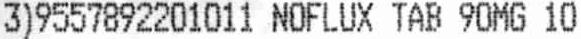
3)9557892201011 NOFLUX TAB 90MG 10